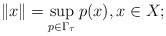
\begin{align*}\|x\|=\sup_{p\in\Gamma_{\tau}} p(x), x\in X;\end{align*}